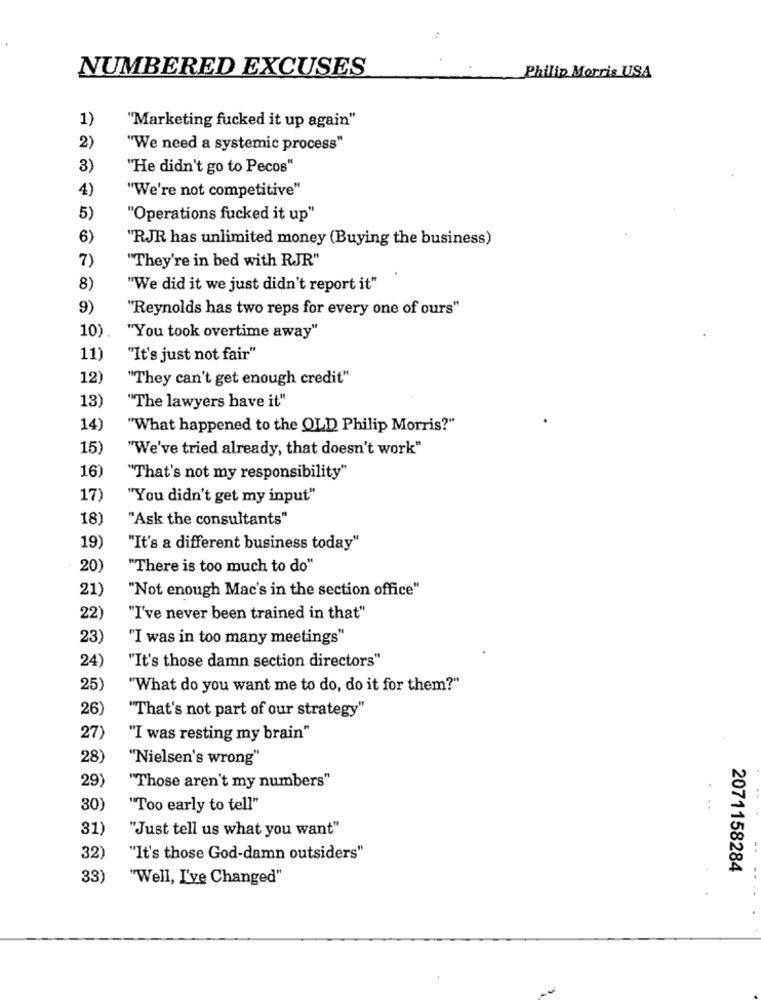
NUMBERED EXCUSES
Philip Morris USA
1)
"Marketing fucked it up again"
2)
"We need a systemic process"
3)
"He didn't go to Pecos"
4)
"We're not competitive"
5)
"Operations fucked it up"
6)
"RJR has unlimited money (Buying the business)
7)
"They're in bed with RJR"
8)
"We did it we just didn't report it"
9)
"Reynolds has two reps for every one of ours"
10).
"You took overtime away"
11)
"It's just not fair"
12)
"They can't get enough credit"
13)
"The lawyers have it"
14
"What happened to the OLD Philip Morris?"
15)
"We've tried already, that doesn't work"
16
"That's not my responsibility"
17
"You didn't get my input"
18
"Ask the consultants"
19)
"It's a different business today"
20)
"There is too much to do"
21)
"Not enough Mac's in the section office"
22
"I've never been trained in that"
23)
"I was in too many meetings"
24
"It's those damn section directors"
25)
"What do you want me to do, do it for them?"
26)
"That's not part of our strategy"
27)
"I was resting my brain"
28)
"Nielsen's wrong"
"Those aren't my numbers"
29)
30)
"Too early to tell"
. .
31)
"Just tell us what you want"
32)
"It's those God-damn outsiders"
2071158284
33)
"Well, I've Changed"